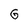
Character: G